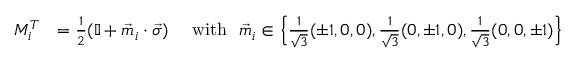
\begin{array} { r l } { { M } _ { i } ^ { T } } & { = \frac { 1 } { 2 } ( \mathbb { I } + \vec { m } _ { i } \cdot \vec { \sigma } ) ~ ~ ~ ~ \mathrm { w i t h } ~ ~ \vec { m } _ { i } \in \left\{ \frac { 1 } { \sqrt { 3 } } ( \pm 1 , 0 , 0 ) , \frac { 1 } { \sqrt { 3 } } ( 0 , \pm 1 , 0 ) , \frac { 1 } { \sqrt { 3 } } ( 0 , 0 , \pm 1 ) \right\} } \end{array}